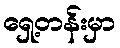
ရှေ့တန်းမှာ